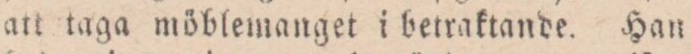
att taga möblemanget i betraktande. Han